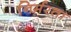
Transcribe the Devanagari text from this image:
निर्मरता